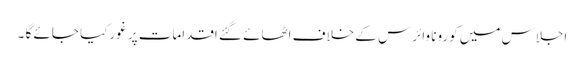
اجلاس میں کورونا وائرس کے خلاف اٹھائے گئے اقدامات پر غورکیا جائے گا ۔